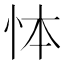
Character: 㤓